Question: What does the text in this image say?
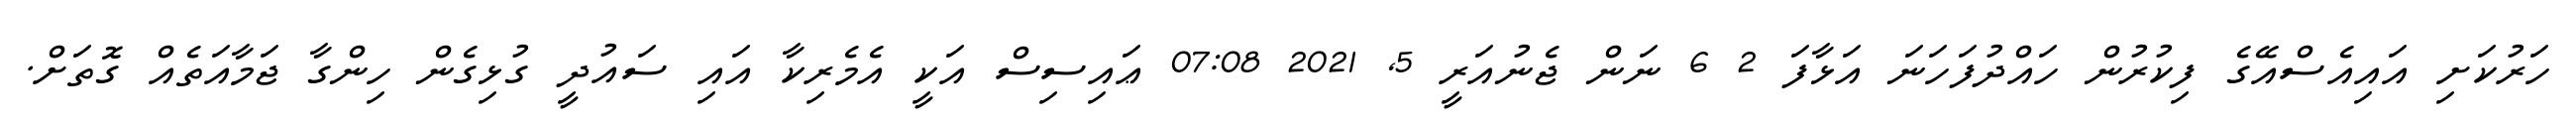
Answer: ހަރުކަށި އައިއެސްއޭގެ ފިކުރުން ހައްދުފަހަނަ އަޅާފަ 2 6 ނަން ޖެނުއަރީ 5, 2021 07:08 ޢައިސިސް އަކީ އެމެރިކާ އައި ސައުދީ ގުޅިގެން ހިންގާ ޖަމާއަތެއް ގޮތަށް.